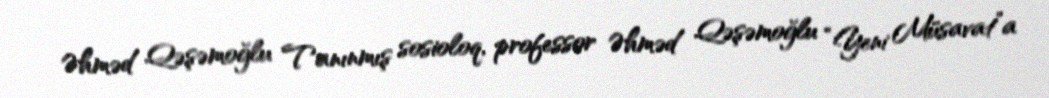
Əhməd Qəşəmoğlu Tanınmış sosioloq, professor Əhməd Qəşəmoğlu “Yeni Müsavat”a